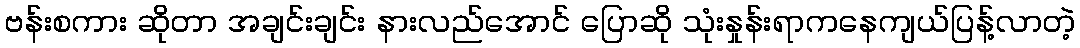
ဗန်းစကား ဆိုတာ အချင်းချင်း နားလည်အောင် ပြောဆို သုံးနှုန်းရာကနေကျယ်ပြန့်လာတဲ့